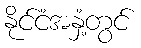
နိုင်ငံအနှံ့တွင်